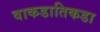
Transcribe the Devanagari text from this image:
वाकडातिकडा